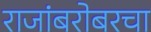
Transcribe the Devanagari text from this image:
राजांबरोबरचा